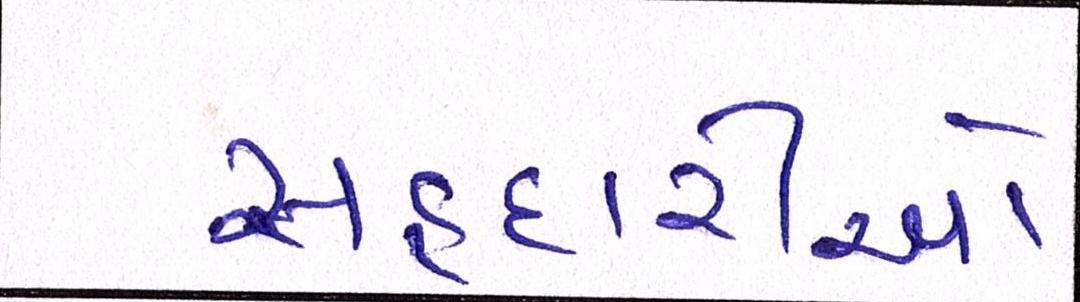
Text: રાહદારીઓ